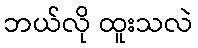
ဘယ်လို ထူးသလဲ